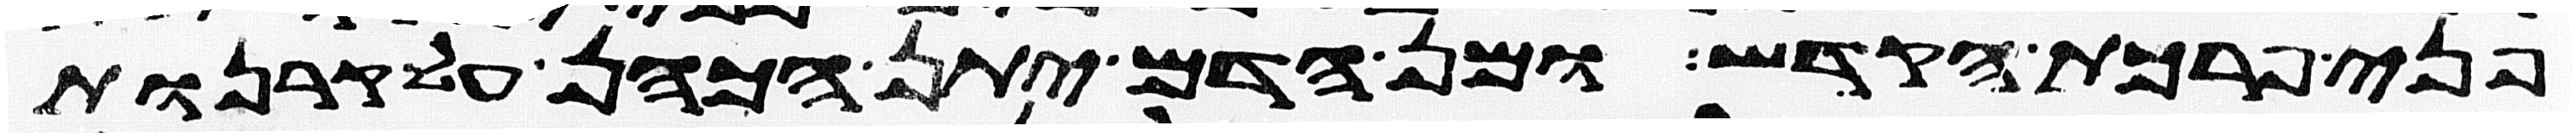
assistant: פני פרכת הקדש ומן הדם יתן הכהן על קרנות